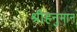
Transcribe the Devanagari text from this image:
श्रीहनुमान